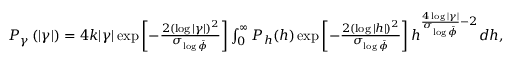
\begin{array} { r } { P _ { \gamma } \left( | \gamma | \right) = 4 k | \gamma | \exp \left[ - \frac { 2 ( \log | \gamma | ) ^ { 2 } } { \sigma _ { \log \bar { \phi } } } \right] \int _ { 0 } ^ { \infty } P _ { h } ( h ) \exp \left[ - \frac { 2 ( \log | h | ) ^ { 2 } } { \sigma _ { \log \bar { \phi } } } \right] h ^ { \frac { 4 \log | \gamma | } { \sigma _ { \log \bar { \phi } } } - 2 } d h , } \end{array}